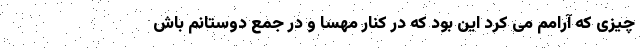
چیزی که آرامم می کرد این بود که در کنار مهسا و در جمع دوستانم باش